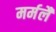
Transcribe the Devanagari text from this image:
मर्मलै